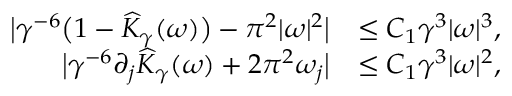
\begin{array} { r l } { \bigl | \gamma ^ { - 6 } \bigl ( 1 - \widehat { K } _ { \gamma } ( \omega ) \bigr ) - \pi ^ { 2 } | \omega | ^ { 2 } \bigr | } & { \leq C _ { 1 } \gamma ^ { 3 } | \omega | ^ { 3 } , } \\ { \bigl | \gamma ^ { - 6 } \partial _ { j } \widehat { K } _ { \gamma } ( \omega ) + 2 \pi ^ { 2 } \omega _ { j } \bigr | } & { \leq C _ { 1 } \gamma ^ { 3 } | \omega | ^ { 2 } , } \end{array}